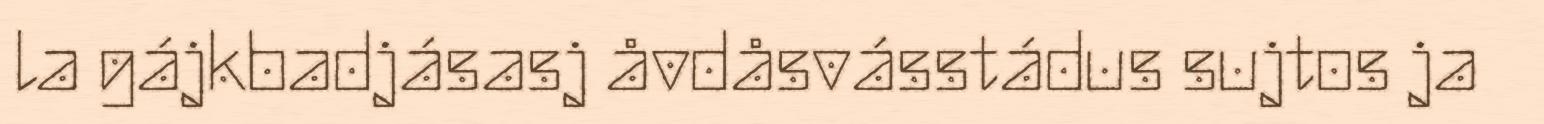
la gájkbadjásasj åvdåsvásstádus sujtos ja